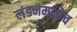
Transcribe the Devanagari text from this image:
लंडनमध्येच